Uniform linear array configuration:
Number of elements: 12
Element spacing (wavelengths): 0.5
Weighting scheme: blackman
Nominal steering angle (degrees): -15
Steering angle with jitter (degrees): -13.076
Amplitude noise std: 0.05
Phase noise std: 0.05

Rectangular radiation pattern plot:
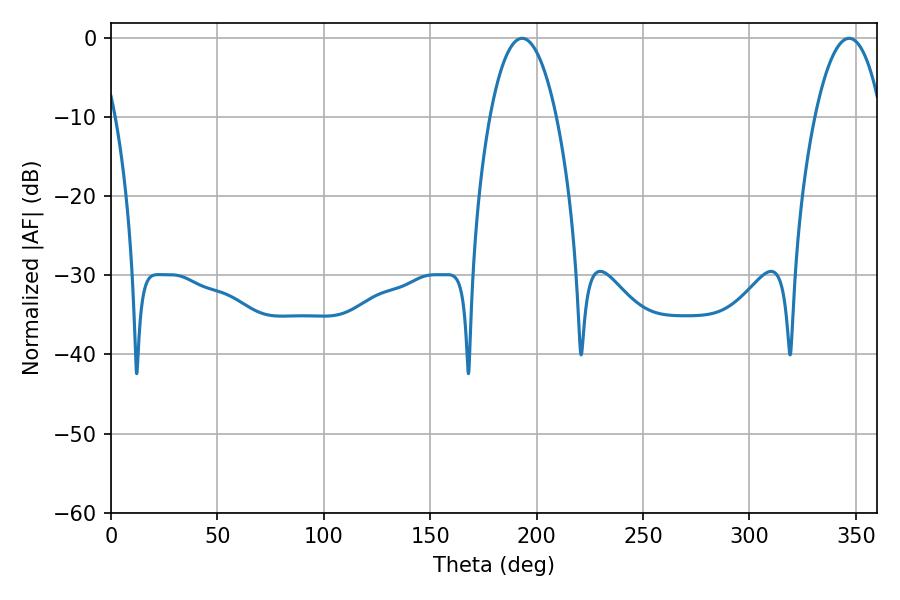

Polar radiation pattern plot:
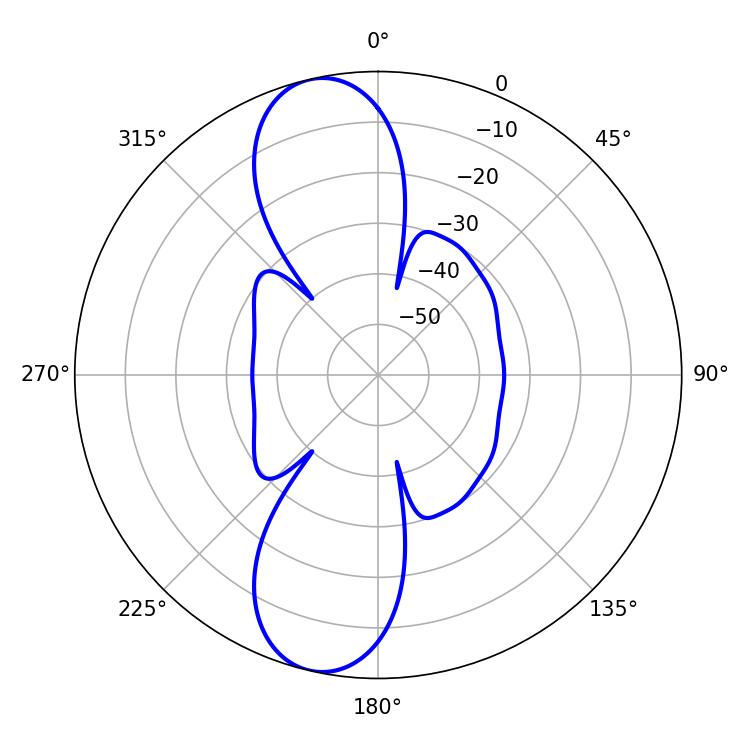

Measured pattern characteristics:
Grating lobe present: FALSE
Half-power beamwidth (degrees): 17.28
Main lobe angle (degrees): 193.14